Annual report on the working of the mental hospitals in the Madras Presidency - 1912-1932
Year: 1912
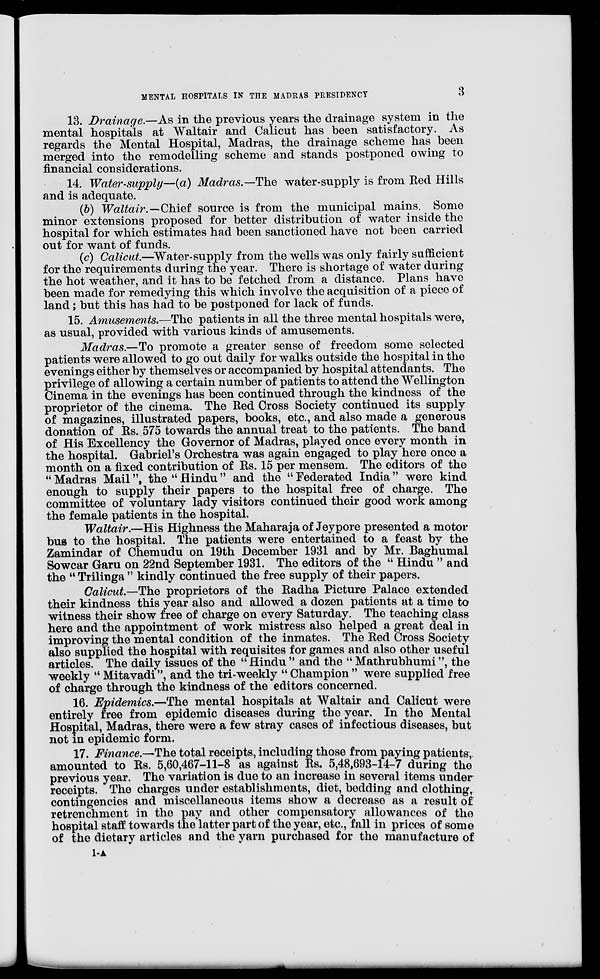
MENTAL HOSPITALS IN THE MADRAS PRESIDENCY
3
13. Drainage.—As in the previous years the drainage system in the
mental hospitals at Waltair and Calicut has been satisfactory. As
regards the Mental Hospital, Madras, the drainage scheme has been
merged into the remodelling scheme and stands postponed owing to
financial considerations.
14. Water-supply—(a) Madras.—The water-supply is from Red Hills
and is adequate.
(b) Waltair.—Chief source is from the municipal mains. Some
minor extensions proposed for better distribution of water inside the
hospital for which estimates had been sanctioned have not been carried
out for want of funds.
(c) Calicut.—Water-supply from the wells was only fairly sufficient
for the requirements during the year. There is shortage of water during
the hot weather, and it has to be fetched from a distance. Plans have
been made for remedying this which involve the acquisition of a piece of
land; but this has had to be postponed for lack of funds.
15. Amusements.—The patients in all the three mental hospitals were,
as usual, provided with various kinds of amusements.
Madras.—To promote a greater sense of freedom some selected
patients were allowed to go out daily for walks outside the hospital in the
evenings either by themselves or accompanied by hospital attendants. The
privilege of allowing a certain number of patients to attend the Wellington
Cinema in the evenings has been continued through the kindness of the
proprietor of the cinema. The Red Cross Society continued its supply
of magazines, illustrated papers, books, etc., and also made a generous
donation of Rs. 575 towards the annual treat to the patients. The band
of His Excellency the Governor of Madras, played once every month in
the hospital. Gabriel's Orchestra was again engaged to play here once a
month on a fixed contribution of Rs. 15 per mensem. The editors of the
"Madras Mail", the "Hindu" and the "Federated India" were kind
enough to supply their papers to the hospital free of charge. The
committee of voluntary lady visitors continued their good work among
the female patients in the hospital.
Waltair.—His Highness the Maharaja of Jeypore presented a motor
bus to the hospital. The patients were entertained to a feast by the
Zamindar of Chemudu on 19th December 1931 and by Mr. Baghumal
Sowcar Garu on 22nd September 1931. The editors of the "Hindu " and
the "Trilinga " kindly continued the free supply of their papers.
Calicut.—The proprietors of the Radha Picture Palace extended
their kindness this year also and allowed a dozen patients at a time to
witness their show free of charge on every Saturday. The teaching class
here and the appointment of work mistress also helped a great deal in
improving the mental condition of the inmates. The Red Cross Society
also supplied the hospital with requisites for games and also other useful
articles. The daily issues of the "Hindu " and the " Mathrubhumi", the
weekly " Mitavadi", and the tri-weekly "Champion" were supplied free
of charge through the kindness of the editors concerned.
16. Epidemics.—The mental hospitals at Waltair and Calicut were
entirely free from epidemic diseases during the year. In the Mental
Hospital, Madras, there were a few stray cases of infectious diseases, but
not in epidemic form.
17. Finance.—The total receipts, including those from paying patients
amounted to Rs. 5,60,467-11-8 as against Rs. 5,48,693-14-7 during the
previous year. The variation is due to an increase in several items under
receipts. The charges under establishments, diet, bedding and clothing,
contingencies and miscellaneous items show a decrease as a result of
retrenchment in the pay and other compensatory allowances of the
hospital staff towards the latter part of the year, etc., fall in prices of some
of the dietary articles and the yarn purchased for the manufacture of
1-A